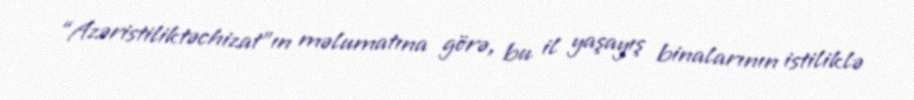
“Azəristiliktəchizat”ın məlumatına görə, bu il yaşayış binalarının istiliklə